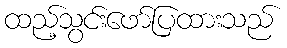
ထည့်သွင်းဖော်ပြထားသည်